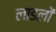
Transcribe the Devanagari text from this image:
लाडलों